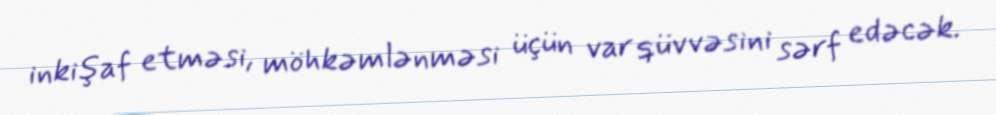
inkişaf etməsi, möhkəmlənməsi üçün var qüvvəsini sərf edəcək.